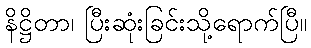
နိဋ္ဌိတာ၊ ပြီးဆုံးခြင်းသို့ရောက်ပြီ။